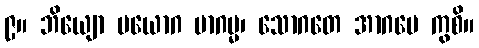
၉။ ဘိယျော ပယောဂ မာဂမ္မ၊ သောဂတေ အာဂမေ ကွစိ။